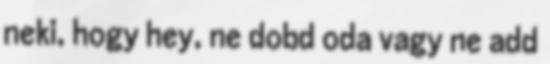
neki, hogy hey, ne dobd oda vagy ne add